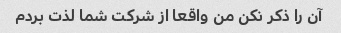
آن را ذکر نکن من واقعا از شرکت شما لذت بردم